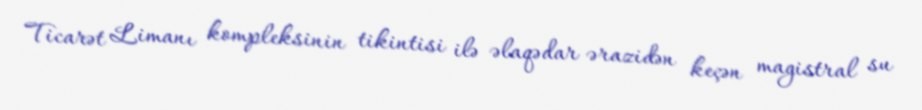
Ticarət Limanı kompleksinin tikintisi ilə əlaqədar ərazidən keçən magistral su